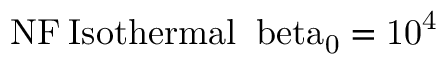
\mathrm { { N F } \: \mathrm { { I s o t h e r m a l } \: \ b e t a _ { 0 } = 1 0 ^ { 4 } } }